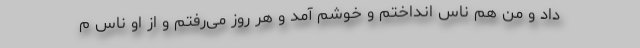
داد و من هم ناس انداختم و خوشم آمد و هر روز می‌رفتم و از او ناس م